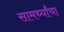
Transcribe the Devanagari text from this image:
सामर्थ्यांचा